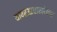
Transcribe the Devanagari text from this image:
यावरआधारलेल्या